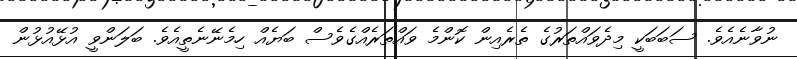
ނުވާނެއެވެ. ސަބަބަކީ މިދެވައްތަރުގެ ތެރެއިން ކޮންމެ ވައްތަރެއްގެވެސް ބަޔެއް ހިމެނޭނެތީއެވެ. ބަލަންވީ އުޅޭއުޅުން